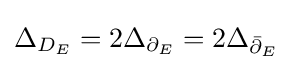
\Delta _{D_{E}}=2\Delta _{\partial _{E}}=2\Delta _{{\bar {\partial }}_{E}}